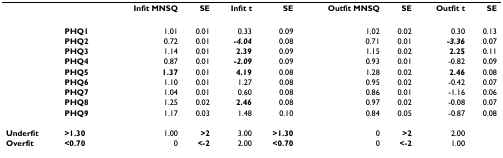
<table><thead><tr><td></td><td></td><td><b>Infit MNSQ</b></td><td><b>SE</b></td><td><b>Infit t</b></td><td><b>SE</b></td><td><b>Outfit MNSQ</b></td><td><b>SE</b></td><td><b>Outfit t</b></td><td><b>SE</b></td></tr></thead><tbody><tr><td></td><td><b>PHQ1</b></td><td>1.01</td><td>0.01</td><td>0.33</td><td>0.09</td><td>1.02</td><td>0.02</td><td>0.30</td><td>0.13</td></tr><tr><td></td><td><b>PHQ2</b></td><td>0.72</td><td>0.01</td><td><b><i>-4.04</i></b></td><td>0.08</td><td>0.71</td><td>0.01</td><td><b><i>-3.36</i></b></td><td>0.07</td></tr><tr><td></td><td><b>PHQ3</b></td><td>1.14</td><td>0.01</td><td><b>2.39</b></td><td>0.09</td><td>1.15</td><td>0.02</td><td><b>2.25</b></td><td>0.11</td></tr><tr><td></td><td><b>PHQ4</b></td><td>0.87</td><td>0.01</td><td><b><i>-2.09</i></b></td><td>0.09</td><td>0.93</td><td>0.01</td><td>-0.82</td><td>0.09</td></tr><tr><td></td><td><b>PHQ5</b></td><td><b>1.37</b></td><td>0.01</td><td><b>4.19</b></td><td>0.08</td><td>1.28</td><td>0.02</td><td><b>2.46</b></td><td>0.08</td></tr><tr><td></td><td><b>PHQ6</b></td><td>1.10</td><td>0.01</td><td>1.27</td><td>0.08</td><td>0.95</td><td>0.02</td><td>-0.42</td><td>0.07</td></tr><tr><td></td><td><b>PHQ7</b></td><td>1.04</td><td>0.01</td><td>0.60</td><td>0.08</td><td>0.86</td><td>0.01</td><td>-1.16</td><td>0.06</td></tr><tr><td></td><td><b>PHQ8</b></td><td>1.25</td><td>0.02</td><td><b>2.46</b></td><td>0.08</td><td>0.97</td><td>0.02</td><td>-0.08</td><td>0.07</td></tr><tr><td></td><td><b>PHQ9</b></td><td>1.17</td><td>0.03</td><td>1.48</td><td>0.10</td><td>0.84</td><td>0.05</td><td>-0.87</td><td>0.08</td></tr><tr><td><b>Underfit</b></td><td><b>&gt;1.30</b></td><td>1.00</td><td><b>&gt;2</b></td><td>3.00</td><td><b>&gt;1.30</b></td><td>0</td><td><b>&gt;2</b></td><td>2.00</td><td></td></tr><tr><td><b>Overfit</b></td><td><b>&lt;0.70</b></td><td>0</td><td><b>&lt;-2</b></td><td>2.00</td><td><b>&lt;0.70</b></td><td>0</td><td><b>&lt;-2</b></td><td>1.00</td><td></td></tr></tbody></table>